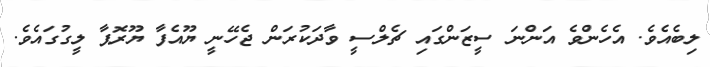
ލިބެއެވެ. އެހެންވެ އަންނަ ސީޒަންގައި ޗެލްސީ ވާދަކުރަން ޖެހޭނީ ޔޫއެފާ ޔޫރޮޕާ ލީގުގައެވެ.